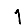
Digit: 1